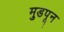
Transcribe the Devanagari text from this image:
मुडपून